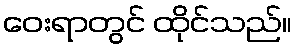
ဝေးရာတွင် ထိုင်သည်။